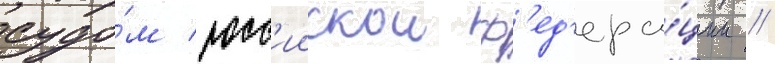
судо́м росс'иискои ф'ед'ера́ции //